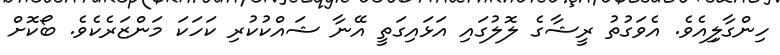
ހިންގާލިިއެވެ. އެވަގުތު ރީޝާގެ ލޮލުގައި އަޅައިގަތީ އޭނާ ޝައްކުކުރި ކަހަކަ މަންޒަރެކެވެ. ބޯކޮށް